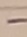
Text: -